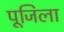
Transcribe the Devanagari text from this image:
पूजिला